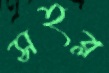
সহব্ল